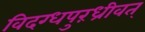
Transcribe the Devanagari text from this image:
विदग्धपुरंध्रीवत्